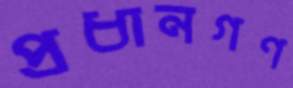
প্রধানগণ